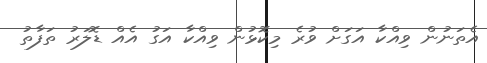
އެތަނުން ވިއްކާ އަގަށް ވުރެ މިކޮޅުން ވިއްކާ އަގު އެއް ޑޮލަރު ތަފާތު